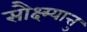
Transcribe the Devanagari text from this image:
सौक्ष्म्यात्तु